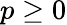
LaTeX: p\geq 0